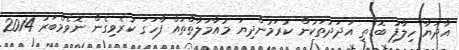
އާދަޔާ ހިލާފު ބޮޑެތި އަދަދުތަކުން ކުރަމުންދިޔަ މުއާމަލާތްތައް ފާހަގަ ކުރެވިގެން ނޮވެމްބަރު 2014